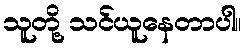
သူတို့ သင်ယူနေတာပါ။